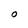
Character: O